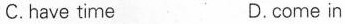
C.have time D.come in